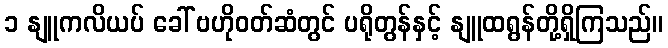
၁ နျူကလိယပ် ခေါ် ဗဟိုဝတ်ဆံတွင် ပရိုတွန်နှင့် နျူထရွန်တို့ရှိကြသည်။